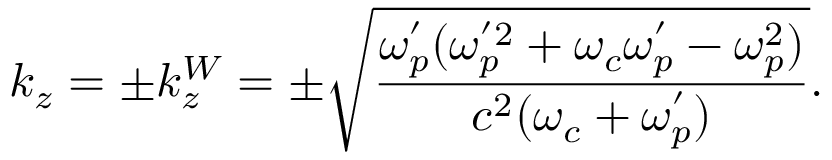
k _ { z } = \pm k _ { z } ^ { W } = \pm \sqrt { \frac { \omega _ { p } ^ { ' } ( \omega _ { p } ^ { ' 2 } + \omega _ { c } \omega _ { p } ^ { ' } - \omega _ { p } ^ { 2 } ) } { c ^ { 2 } ( \omega _ { c } + \omega _ { p } ^ { ' } ) } } .